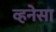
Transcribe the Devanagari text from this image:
व्हनेसा